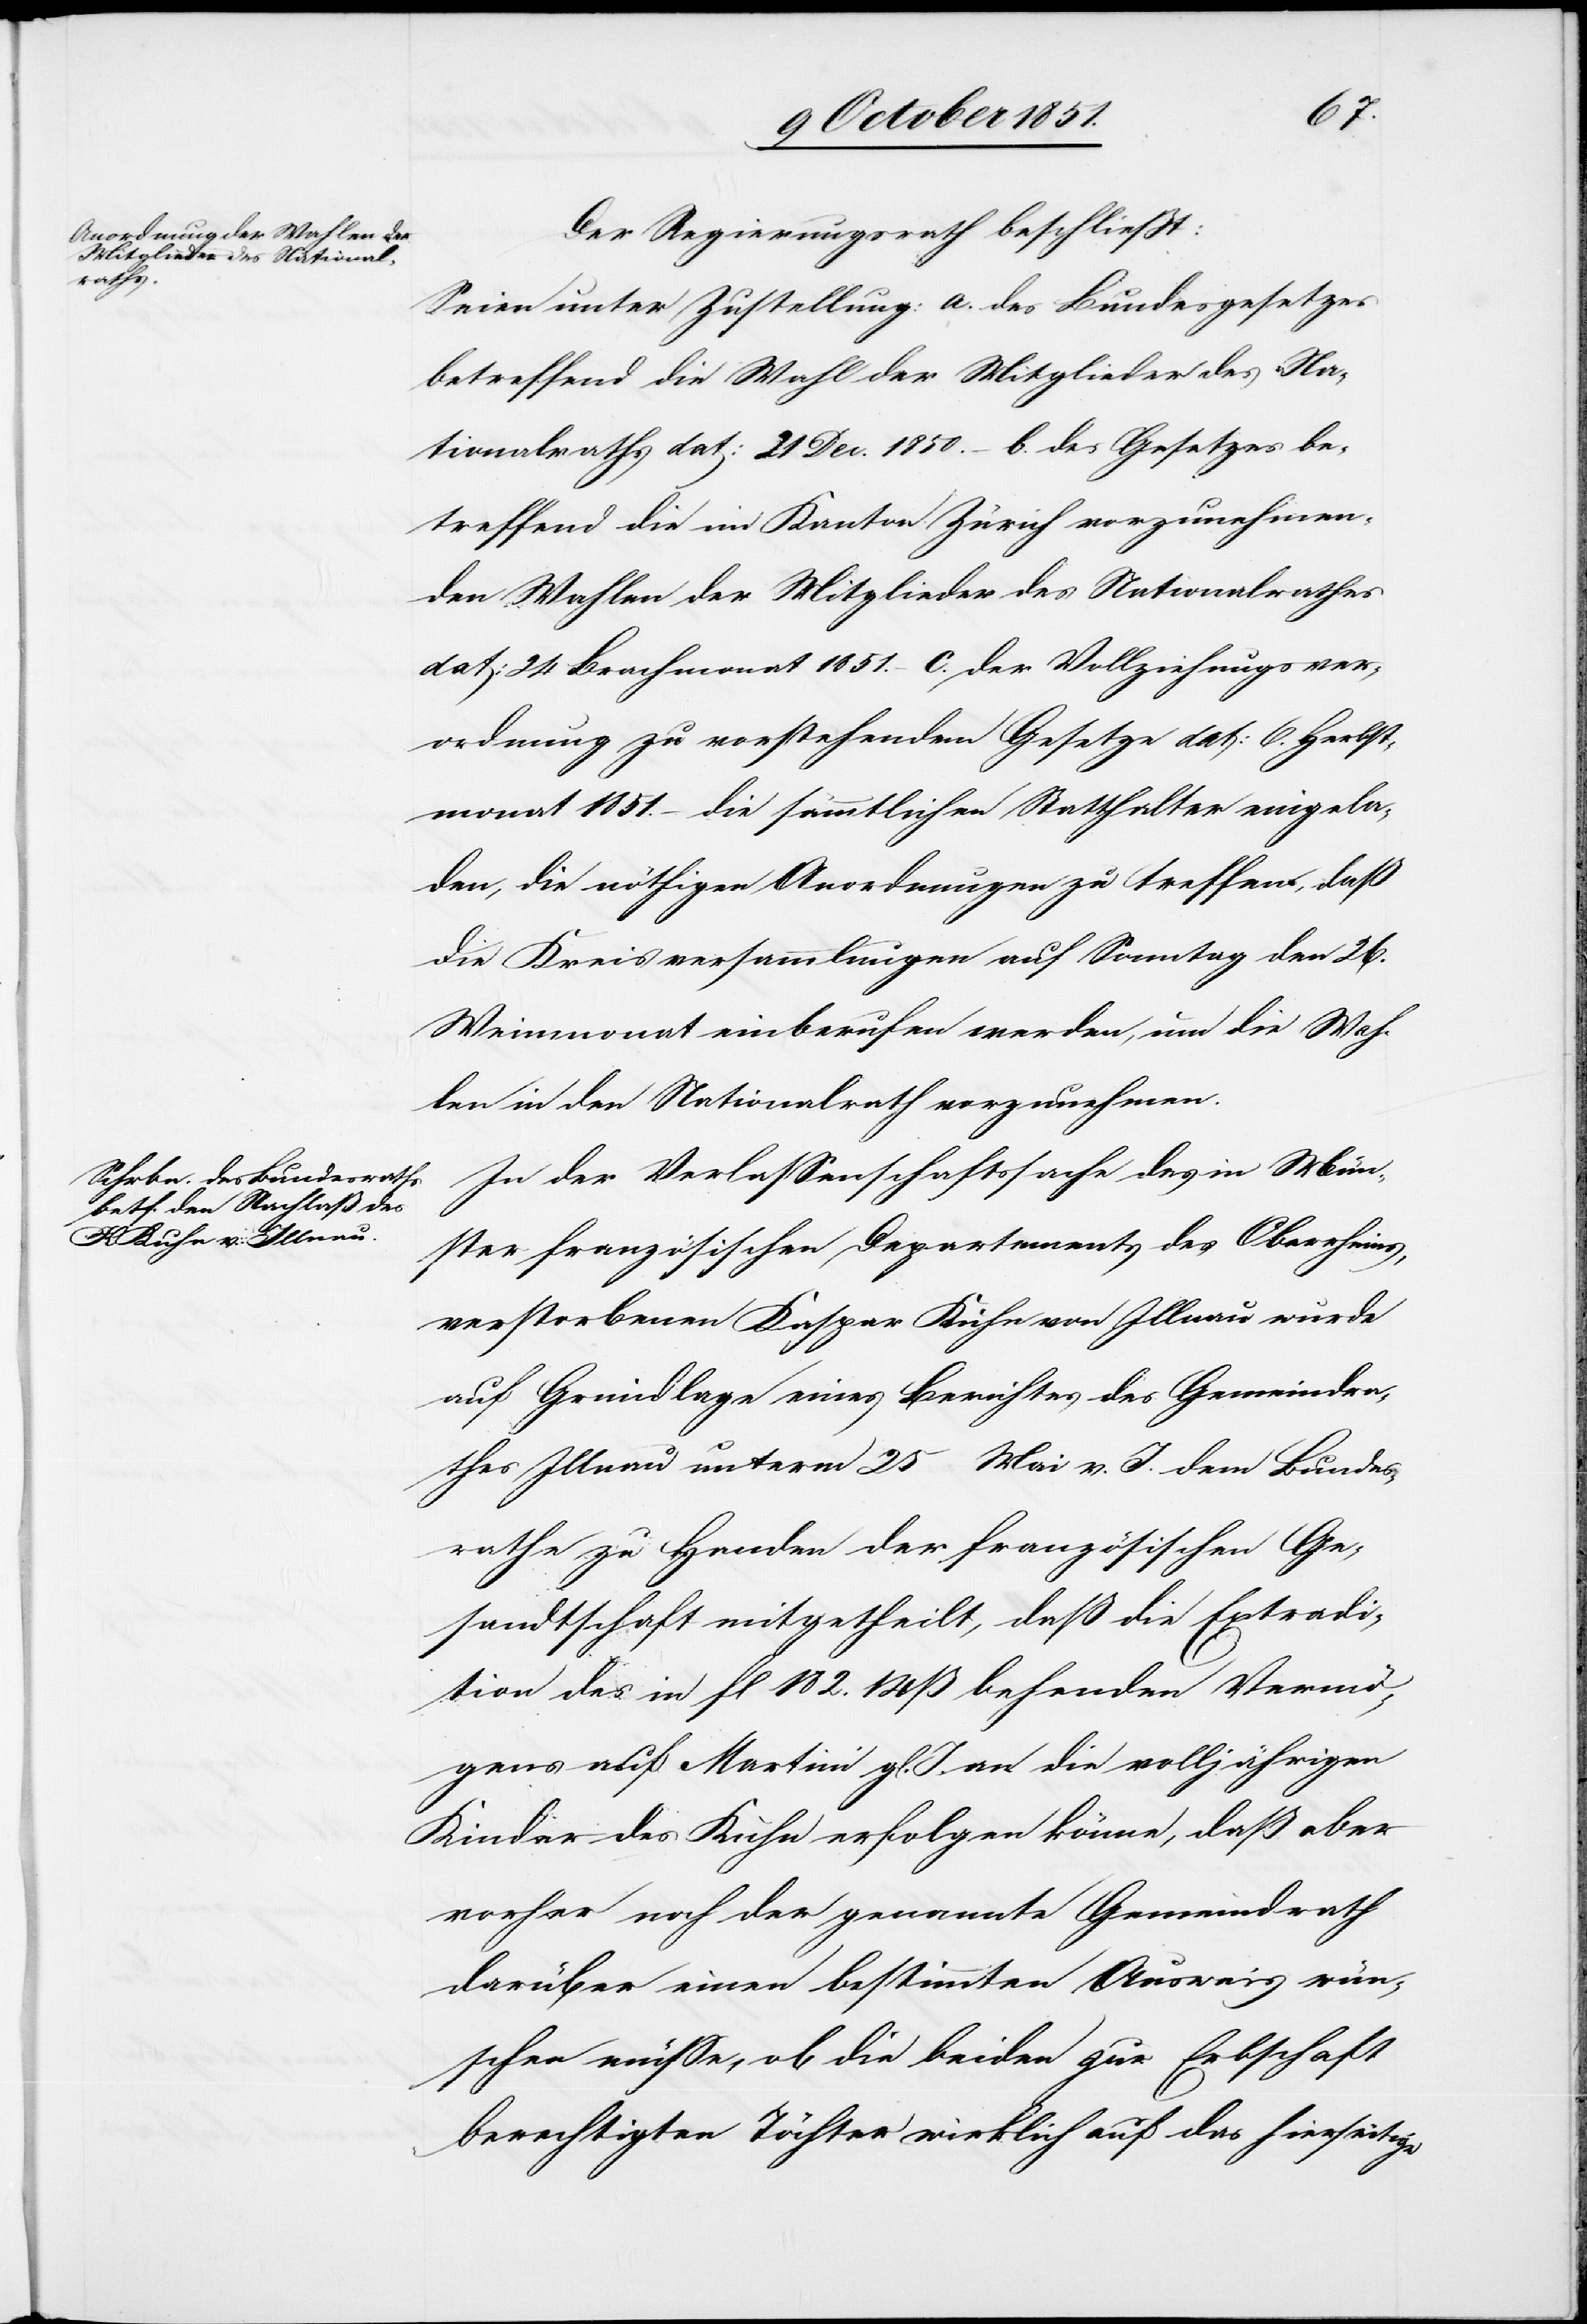
Der Regierungsrath beschließt:
Seien unter Zustellung: a. des Bundesgesetzes
betreffend die Wahl der Mitglieder des Na¬
tionalraths dat: 21 Dec. 1850. – b. des Gesetzes be¬
treffend die im Kanton Zürich vorzunehmen¬
den Wahlen der Mitglieder des Nationalrathes
dat: 24 Brachmonat 1851. – c. der Vollziehungsver¬
ordnung zu vorstehendem Gesetze dat: 6. Herbst¬
monat 1851. – die sämmtlichen Statthalter eingela¬
den, die nöthigen Anordnungen zu treffen, daß
die Kreisversammlungen auf Sonntag den 26.
Weinmonat einberufen werden, um die Wah¬
len in den Nationalrath vorzunehmen.
In der Verlassenschaftssache des in Mün¬
ster französischen Departements des Oberrheins,
verstorbenen Kaspar Kuhn von Illnau wurde
auf Grundlage eines Berichtes des Gemeindra¬
thes Illnau unterm 25 Mai v. J. dem Bundes¬
rathe zu Handen der französischen Ge¬
sandtschaft mitgetheilt, daß die Extradi¬
tion des in fl 182. 14 ß be[ste]henden Vermö¬
gens auf Martini gl. J. an die volljährigen
Kinder des Kuhn erfolgen könne, daß aber
vorher noch der genannte Gemeindrath
darüber einen bestimmten Ausweis wün¬
schen müsse, ob die beiden zur Erbschaft
berechtigten Töchter wirklich auf das hierseitige